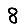
Digit: 8